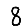
Digit: 8